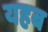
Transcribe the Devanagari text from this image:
यहब